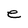
Character: e